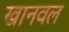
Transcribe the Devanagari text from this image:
खानवल